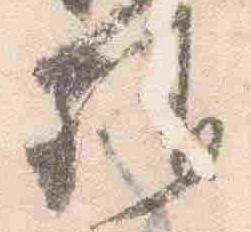
雅